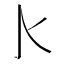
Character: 𰛅